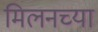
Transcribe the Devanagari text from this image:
मिलनच्या